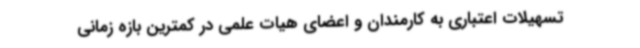
تسهیلات اعتباری به کارمندان و اعضای هیات علمی در کمترین بازه زمانی